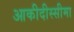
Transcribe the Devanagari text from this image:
आकीदीस्सीमा